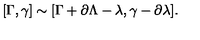
[ \Gamma , \gamma ] \sim [ \Gamma + \partial \Lambda - \lambda , \gamma - \partial \lambda ] .